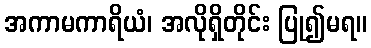
အကာမကာရိယံ၊ အလိုရှိတိုင်း ပြု၍မရ။